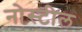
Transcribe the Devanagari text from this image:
नोस्टील